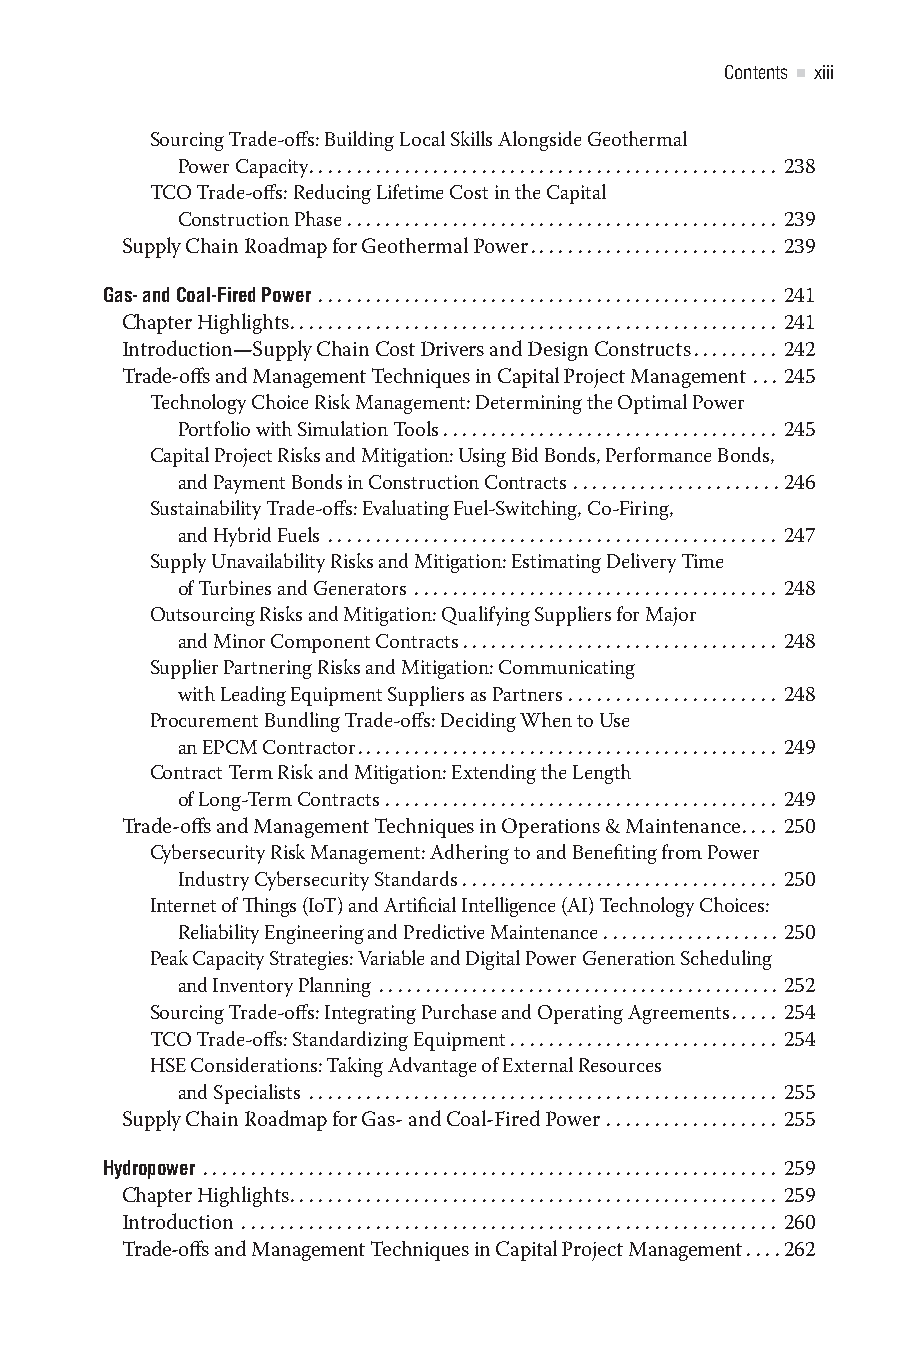
Contents xiii
 Sourcing Trade-offs: Building Local Skills Alongside Geothermal
 Power Capacity................................................. 238
 TCO Trade-offs: Reducing Lifetime Cost in the Capital
 Construction Phase ............................................. 239
 Supply Chain Roadmap for Geothermal Power.......................... 239
 Gas- and Coal-Fired Power ................................................ 241
 Chapter Highlights................................................... 241
 Introduction—Supply Chain Cost Drivers and Design Constructs......... 242
 Trade-offs and Management Techniques in Capital Project Management ... 245
 Technology Choice Risk Management: Determining the Optimal Power
 Portfolio with Simulation Tools ................................... 245
 Capital Project Risks and Mitigation: Using Bid Bonds, Performance Bonds,
 and Payment Bonds in Construction Contracts ......................246
 Sustainability Trade-offs: Evaluating Fuel-Switching, Co-Firing,
 and Hybrid Fuels ............................................... 247
 Supply Unavailability Risks and Mitigation: Estimating Delivery Time
 of Turbines and Generators ...................................... 248
 Outsourcing Risks and Mitigation: Qualifying Suppliers for Major
 and Minor Component Contracts................................. 248
 Supplier Partnering Risks and Mitigation: Communicating
 with Leading Equipment Suppliers as Partners ...................... 248
 Procurement Bundling Trade-offs: Deciding When to Use
 an EPCM Contractor............................................ 249
 Contract Term Risk and Mitigation: Extending the Length
 of Long-Term Contracts ......................................... 249
 Trade-offs and Management Techniques in Operations & Maintenance.... 250
 Cybersecurity Risk Management: Adhering to and Benefiting from Power
 Industry Cybersecurity Standards ................................. 250
 Internet of Things (IoT) and Artificial Intelligence (AI) Technology Choices:
 Reliability Engineering and Predictive Maintenance ................... 250
 Peak Capacity Strategies: Variable and Digital Power Generation Scheduling
 and Inventory Planning ........................................... 252
 Sourcing Trade-offs: Integrating Purchase and Operating Agreements..... 254
 TCO Trade-offs: Standardizing Equipment ............................ 254
 HSE Considerations: Taking Advantage of External Resources
 and Specialists ................................................. 255
 Supply Chain Roadmap for Gas- and Coal-Fired Power .................. 255
 Hydropower ............................................................ 259
 Chapter Highlights................................................... 259
 Introduction ........................................................ 260
 Trade-offs and Management Techniques in Capital Project Management . . . .262
 365522YQS_ENERGY_CC2019_pc.indd 13                09/08/2021 09:52:34